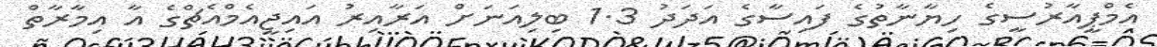
އެމްޕީއާރުސީގެ ހިޔާނާތުގެ ފައިސާގެ އަދަދު 1.3 ބިލިއަނަށް އަރާއިރު އައިޖީއެމްއެޗްގެ އާ އިމާރާތް